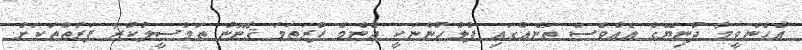
އެހެންވީމާ ދުނިޔޭގެ އެއްވެސް ތަނެއްގައި ފުލުހުންނަކީ އެންމެ ފުރަތަމަ ޤާނޫނު ތަމްސީލުކުރާ ފަރާތްތަކަށް